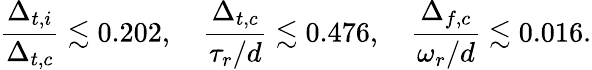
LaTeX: \frac{\Delta_{t,i}}{\Delta_{t,c}}\lesssim 0.202,\quad\frac{\Delta_{t,c}}{\tau_{r}/d}\lesssim 0.476,\quad\frac{\Delta_{f,c}}{\omega_{r}/d}\lesssim 0.016.